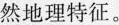
然地理特征。